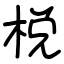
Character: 棁